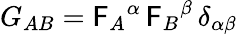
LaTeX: G_{AB}=\mathsf{F}_{A}{}^{\alpha}\, \mathsf{F}_{B}{}^{\beta}\, \delta_{\alpha\beta}